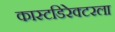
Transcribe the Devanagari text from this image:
कास्टडिरेक्टरला